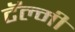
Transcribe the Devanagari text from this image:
टॅल्मी